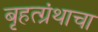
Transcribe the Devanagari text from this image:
बृहत्ग्रंथाचा